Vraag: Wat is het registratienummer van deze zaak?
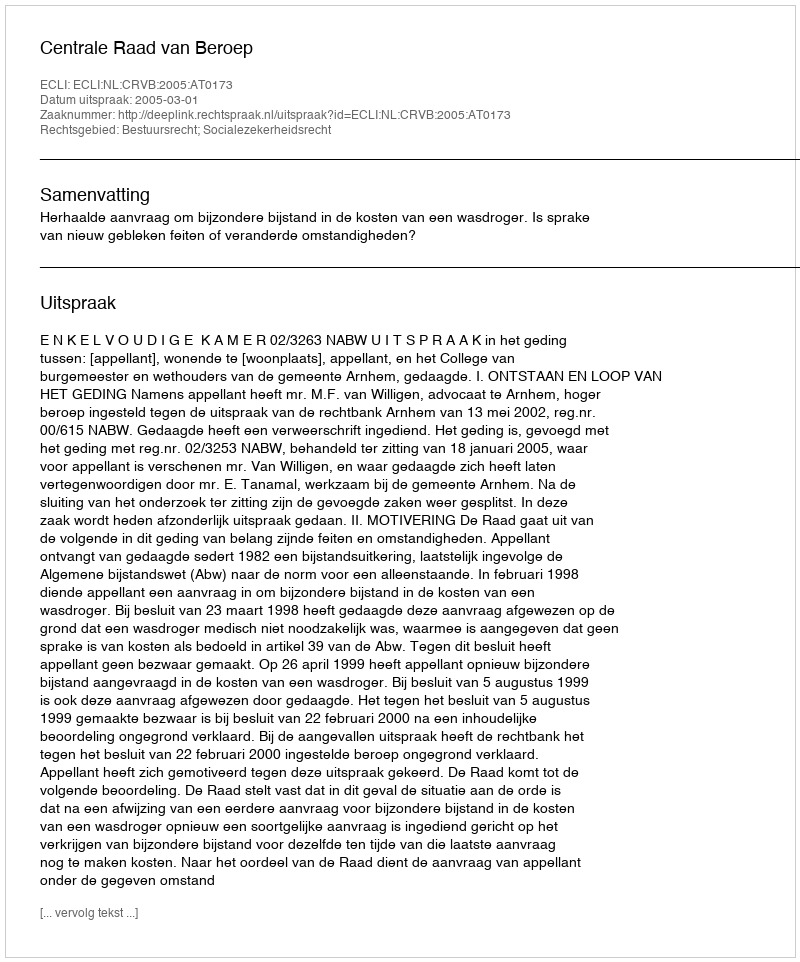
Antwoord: http://deeplink.rechtspraak.nl/uitspraak?id=ECLI:NL:CRVB:2005:AT0173